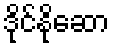
ဒိုင်နိုဆော